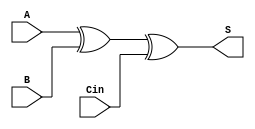
module full_adder(S, A, B, Cin);   
    input A, B, Cin;
    output S;

    xor Sum_mod(S, A, B, Cin);


    // and func_generate(w1, A, B);
    // or func_propogate(w2, A, B);
    // and func_prop_carry(w3, w2, Cin);
    // or Carry(Cout, w3, w1);

    // and A_and_B(w1, A, B);
    // and A_and_Cin(w2, A, Cin);
    // and B_and_Cin(w3, B, Cin);
    // or Carry(Cout, w1, w2, w3);
endmodule